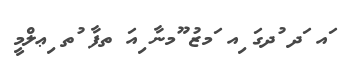
ައ ަދ ުދގަ ިއ ަމޒު ޫމނާ ިއަ ތފާ ުތ ިޢލްމީ